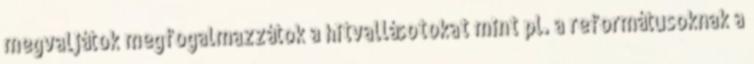
megvaljátok megfogalmazzátok a hitvallásotokat mint pl. a reformátusoknak a